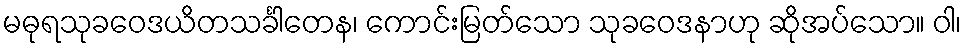
မဓုရသုခဝေဒယိတသင်္ခါတေန၊ ကောင်းမြတ်သော သုခဝေဒနာဟု ဆိုအပ်သော။ ဝါ၊